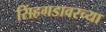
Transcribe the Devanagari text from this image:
सिंहगडावरच्या